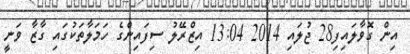
އިން ގޮވާލައިފި28 ޖުލައި 2014 13:04 އިޒްރޭލު ސިފައިންގެ ހަމަލާތަކުގައި ގާޒާ ވަނީ